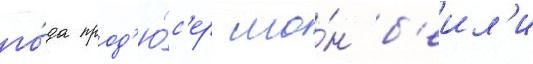
го́да прод'ю́с'ер шо́н б'еил'и